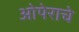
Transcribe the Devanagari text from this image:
ओपेराचे